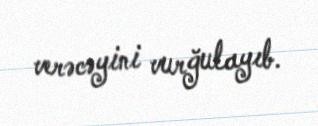
verəcəyini vurğulayıb.